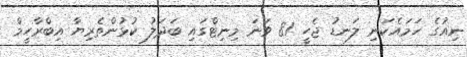
ނިއުގެ ހަމައެކަނި ލަނޑު ޖެހީ 81 ވަނަ މިނިޓްގައި ބަދަލު ކުޅުންތެރިޔާ އިބްރާހީމް